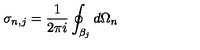
\sigma _ { n , j } = \frac { 1 } { 2 \pi i } \oint _ { \beta _ { j } } d \Omega _ { n }